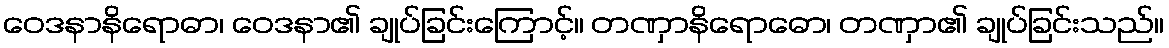
ဝေဒနာနိရောဓာ၊ ဝေဒနာ၏ ချုပ်ခြင်းကြောင့်။ တဏှာနိရောဓော၊ တဏှာ၏ ချုပ်ခြင်းသည်။